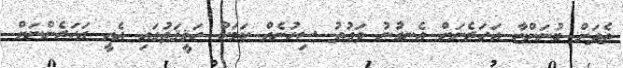
ތެދަށް ބުނަންޏާ އަހަރެނަށް އެނގުނު ވަގުތު ސިހުނެއް ކަމަކު ހަޤީޤަތުގައި އެއީ އަހަރެންނަށް